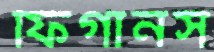
ফিগানস